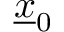
\underline { { x } } _ { 0 }